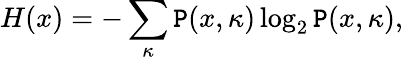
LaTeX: H(x)=-\sum_{\kappa}\mathtt{P}(x,\kappa)\log_{2}\mathtt{P}(x,\kappa),